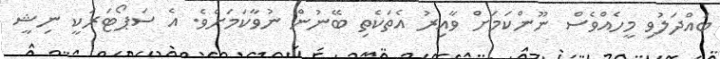
ބައްދަލުވި މީހެއްވެސް ނޫންކަމަށް ވާއިރު އެތަކެތި ބޭނުން ނުވާކަމަށެވެ. އެ ސަޕޯޓަރަކީ ނިޝީ